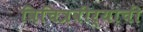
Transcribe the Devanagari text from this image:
विचित्रवीर्याची